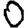
Digit: 0